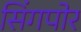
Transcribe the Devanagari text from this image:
सिंगपोर